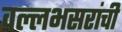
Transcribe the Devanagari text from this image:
वल्लभसरांची